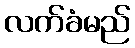
လက်ခံမည်